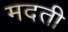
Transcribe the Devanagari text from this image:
मदती